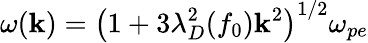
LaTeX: \omega(\mathbf{k})=\left(1+3\lambda_{D}^{2}(f_{0})\mathbf{k}^{2}\right)^{1/2}\omega_{pe}